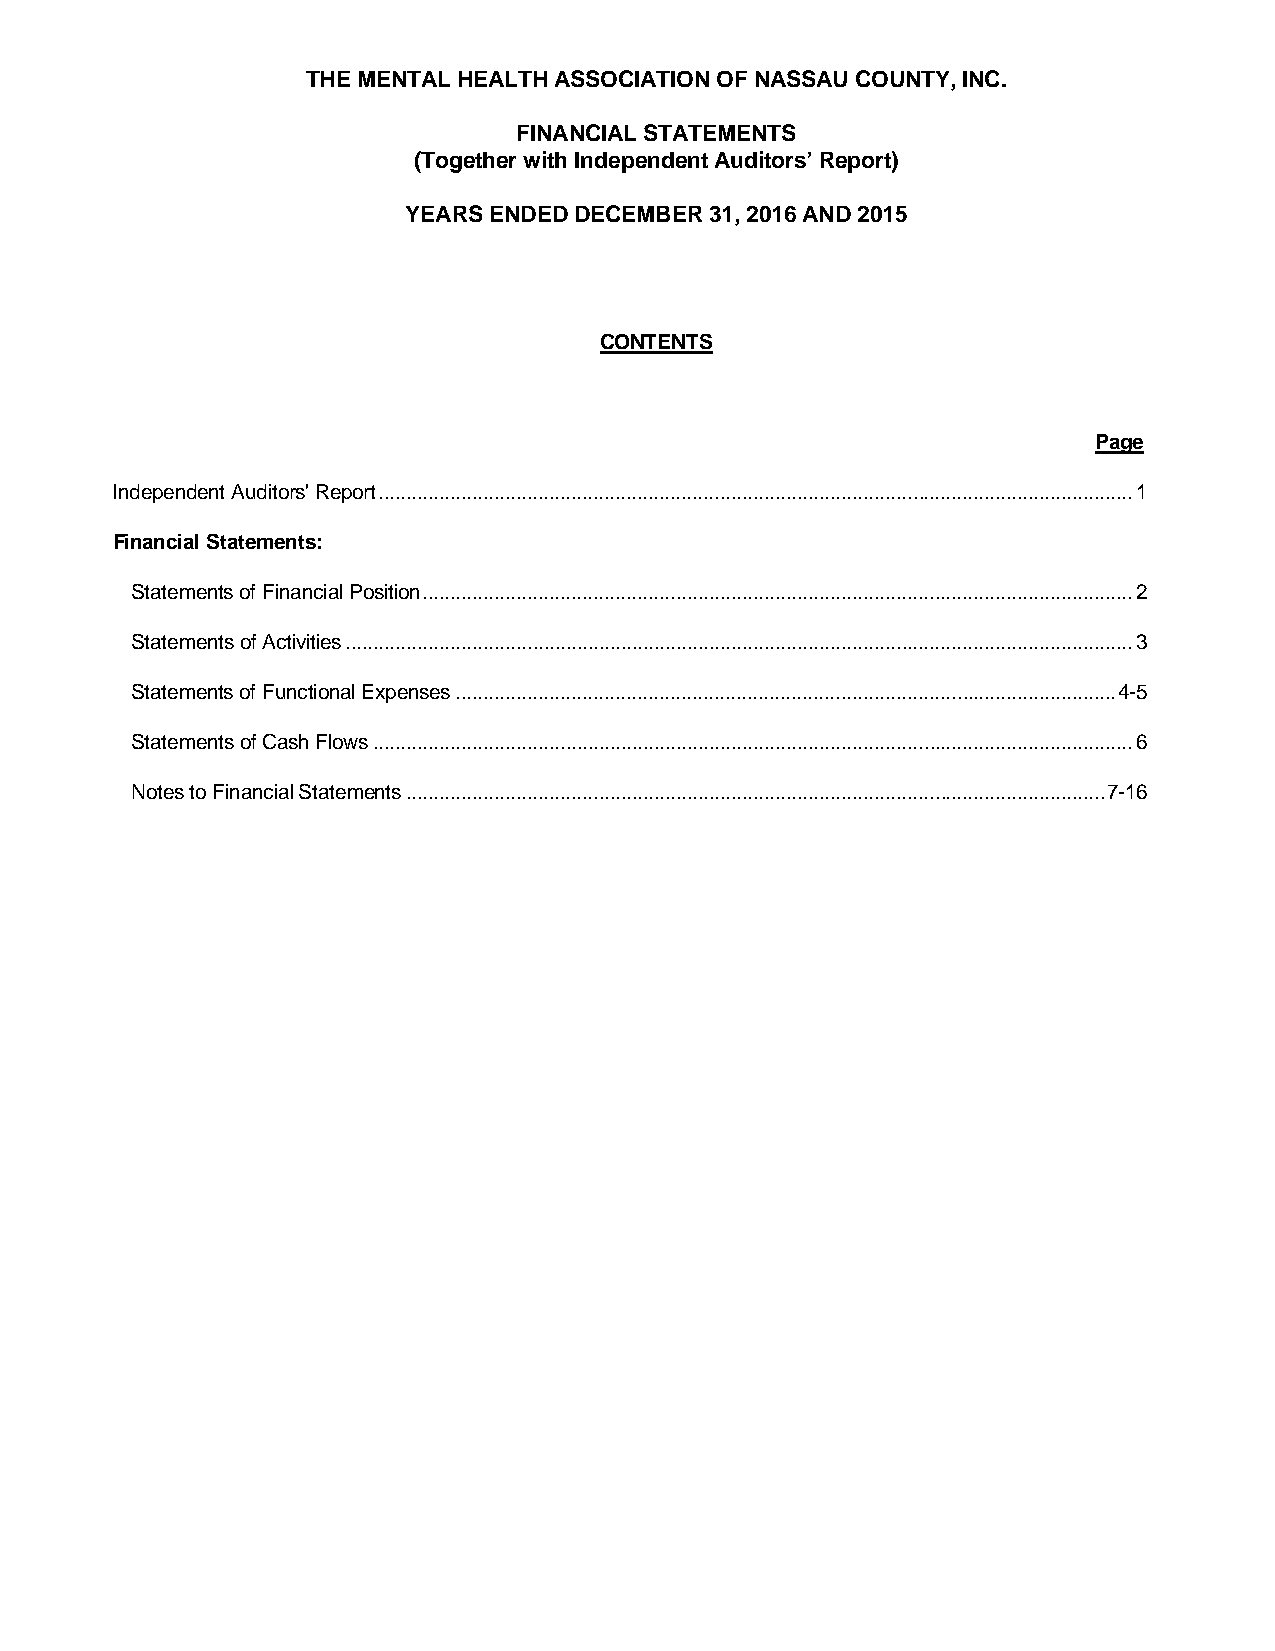
THE MENTAL HEALTH ASSOCIATION OF NASSAU COUNTY, INC.
 FINANCIAL STATEMENTS
 (Together with Independent Auditors’ Report)
 YEARS ENDED DECEMBER 31, 2016 AND 2015
 CONTENTS
 Page
 Independent Auditors' Report ......................................................................................................................................... 1
 Financial Statements:
 Statements of Financial Position ................................................................................................................................. 2
 Statements of Activities ............................................................................................................................................... 3
 Statements of Functional Expenses ........................................................................................................................ 4-5
 Statements of Cash Flows .......................................................................................................................................... 6
 Notes to Financial Statements ............................................................................................................................... 7-16